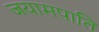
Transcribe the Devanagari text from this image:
जयामपाति